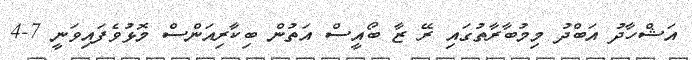
އަޝްހާދު އަބްދު މިމުބާރާތުގައި ރޭ ޒާ ބޯއީސް އަތުން ބިކާރިއަންސް މޮޅުވެފައިވަނީ 7-4